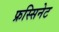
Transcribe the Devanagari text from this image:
फ्रस्सिनेट